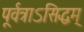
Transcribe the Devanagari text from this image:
पूर्वत्राऽसिद्धम्